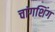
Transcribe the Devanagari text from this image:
चांगशिंग